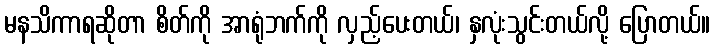
မနသိကာရဆိုတာ စိတ်ကို အာရုံဘက်ကို လှည့်ပေးတယ်၊ နှလုံးသွင်းတယ်လို့ ပြောတယ်။